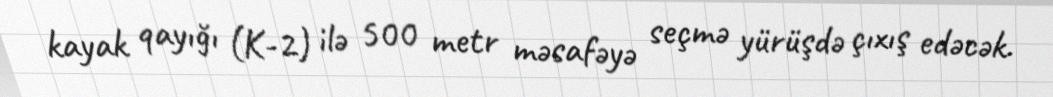
kayak qayığı (K-2) ilə 500 metr məsafəyə seçmə yürüşdə çıxış edəcək.